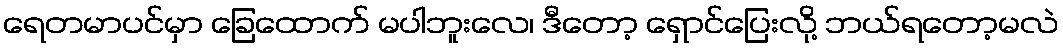
ရေတမာပင်မှာ ခြေထောက် မပါဘူးလေ၊ ဒီတော့ ရှောင်ပြေးလို့ ဘယ်ရတော့မလဲ